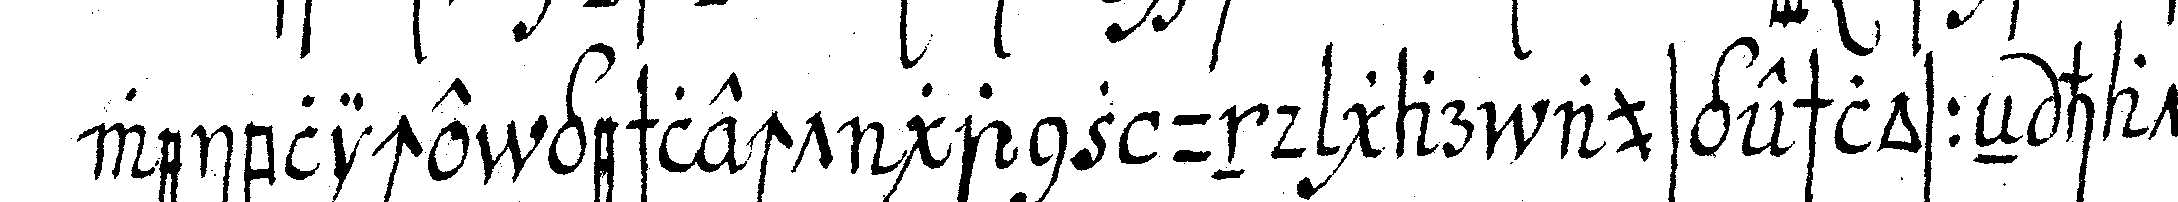
weibliche geschlecht ganz und gar ausgeschlosseN hatte